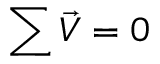
\sum { \vec { V } } = 0